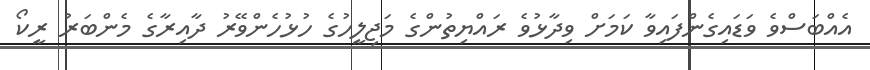
އެއްބަސްވެ ވަޑައިގެންފައިވާ ކަމަށް ވިދާޅުވެ ރައްޔިތުންގެ މަޖިލީހުގެ ހުޅުހެންވޭރު ދާއިރާގެ މެންބަރު ރީކޯ